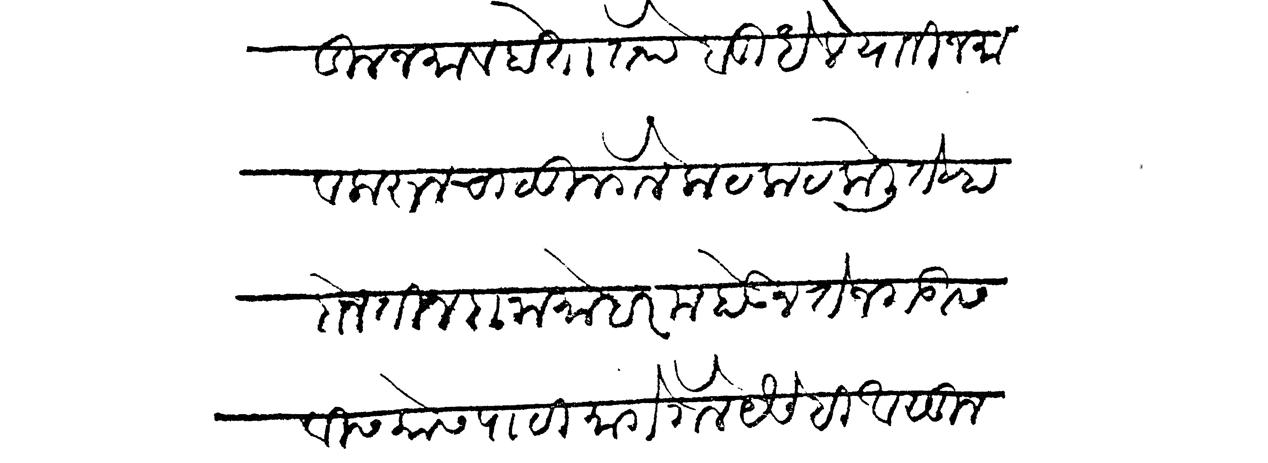
Transliteration (Devanagari): डील जमाव होता तेथें बुधेले यानी जमाव करून चालून गेले कटकट केली तेव्हा दोन तीनदा नामोहरम होऊन तेजगडास वीस कोस पाठीमागे गेले यैसेहि असून